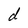
Character: d